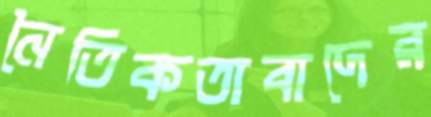
নৈতিকতাবাদের